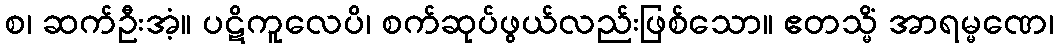
စ၊ ဆက်ဦးအံ့။ ပဋိကူလေပိ၊ စက်ဆုပ်ဖွယ်လည်းဖြစ်သော။ ဧတသ္မိံ အာရမ္မဏေ၊